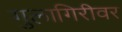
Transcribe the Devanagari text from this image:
गुलागिरीवर